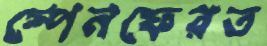
স্পেনফেরত